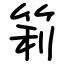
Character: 筣